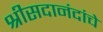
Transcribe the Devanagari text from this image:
श्रीसदानंदांचे